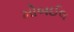
મોબઈલ